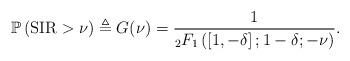
LaTeX: \begin{align*}\mathbb{P}\left(\mathrm{SIR}>\nu\right)\triangleq G(\nu)=\frac{1}{{}_2F_{1}\left(\left[1,-\delta\right]; 1-\delta;-\nu\right)}.\end{align*}